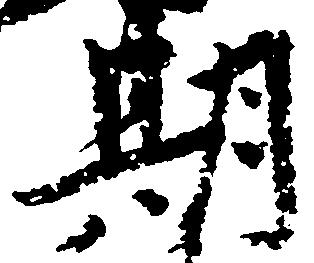
期